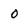
Character: O